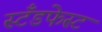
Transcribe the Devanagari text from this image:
स्टँडफेस्ट